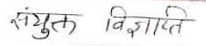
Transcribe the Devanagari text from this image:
संयुक्त विज्ञप्ति